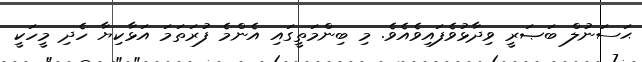
ޙަސަނުލް ބަޞަރީ ވިދާޅުވެފައިވެއެވެ. މި ބިންމަތީގައި އެންމެ ފުރަތަމަ އަޅާކިޔާ ހެދި މީހަކީ